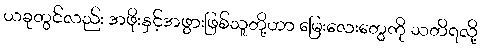
ယခုတွင်လည်း အဖိုးနှင့်အဖွားဖြစ်သူတို့ဟာ မြေးလေးတွေကို သတိရလို့